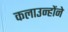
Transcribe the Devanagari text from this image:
कलाउन्होंने